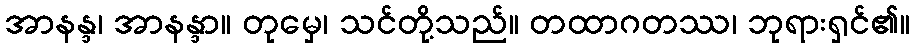
အာနန္ဒ၊ အာနန္ဒာ။ တုမှေ၊ သင်တို့သည်။ တထာဂတဿ၊ ဘုရားရှင်၏။